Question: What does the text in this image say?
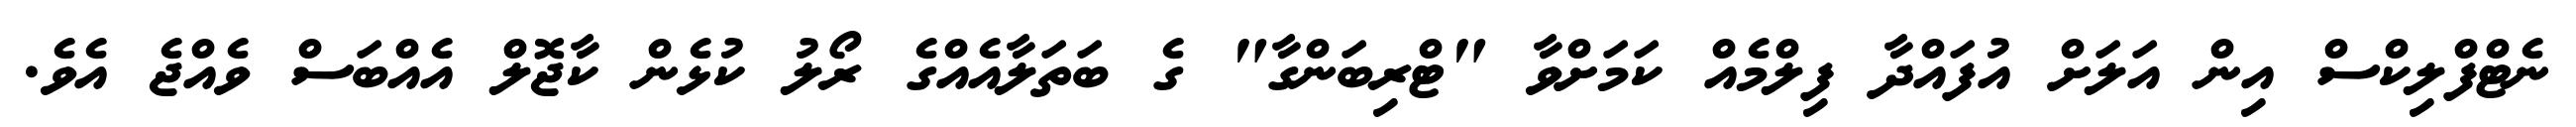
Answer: ނެޓްފްލިކްސް އިން އަލަށް އުފައްދާ ފިލްމެއް ކަމަށްވާ "ޓްރިބަންގާ" ގެ ބަތަލާއެއްގެ ރޯލު ކުޅެން ކާޖޮލް އެއްބަސް ވެއްޖެ އެވެ.